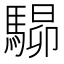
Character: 𩤶